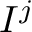
I ^ { j }